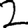
Digit: 2